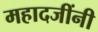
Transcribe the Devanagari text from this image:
महादजींनी